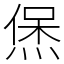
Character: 㷛